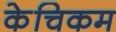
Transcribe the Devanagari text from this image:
केचिकम